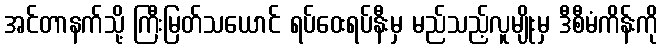
အင်တာနက်သို့ ကြီးမြတ်သယောင် ရပ်ဝေးရပ်နီးမှ မည်သည့်လူမျိုးမှ ဒီစီမံကိန်းကို